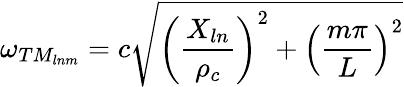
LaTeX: \omega_{TM_{lnm}}=c\sqrt{\left(\frac{X_{ln}}{\rho_{c}}\right)^{2}+\left(\frac{m\pi}{L}\right)^{2}}